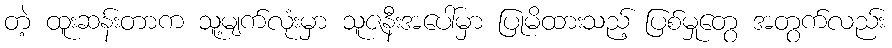
တဲ့ ထူးဆန်းတာက သူ့မျက်လုံးမှာ သူဇနီးအပေါ်မှာ ပြုမိထားသည့် ပြစ်မှုတွေ အတွက်လည်း